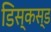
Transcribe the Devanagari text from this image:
डिस्कस्ड